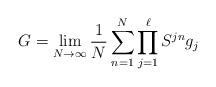
LaTeX: \begin{align*}G= \lim_{N\to\infty} \frac{1}{N} \sum_{n=1}^N\prod_{j=1}^\ell S^{jn}g_j\end{align*}